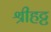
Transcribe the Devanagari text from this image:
श्रीहट्ट